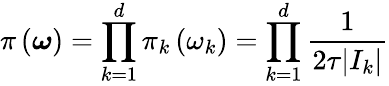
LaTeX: \pi\left(\boldsymbol{\omega}\right)=\prod_{k=1}^{d}\pi_{k}\left(\omega_{k}\right)=\prod_{k=1}^{d}\frac{1}{2\tau|I_{k}|}